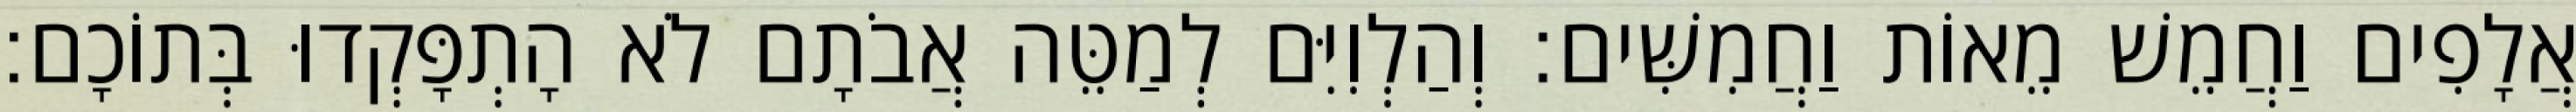
אֲלָפִים וַחֲמֵשׁ מֵאוֹת וַחֲמִשִּׁים׃ וְהַלְוִיִּם לְמַטֵּה אֲבֹתָם לֹא הָתְפָּקְדוּ בְּתוֹכָם׃